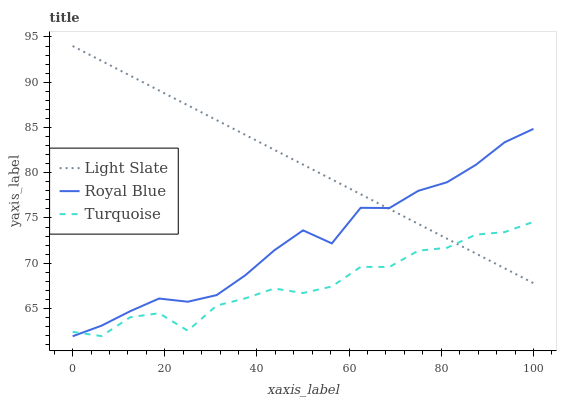
| xaxis_label | Light Slate | Royal Blue | Turquoise |
 | --- | --- | --- | --- |
 | 0 | 94 | 61.9 | 62.4 |
 | 6.25 | 92.4 | 63.1 | 61.9 |
 | 12.5 | 90.7 | 64.7 | 64 |
 | 18.8 | 89.1 | 66.1 | 64.5 |
 | 25 | 87.4 | 65.7 | 62.5 |
 | 31.2 | 85.8 | 66.5 | 65.3 |
 | 37.5 | 84.2 | 68.7 | 66.1 |
 | 43.8 | 82.5 | 71.4 | 67.2 |
 | 50 | 80.9 | 73.6 | 66.7 |
 | 56.2 | 79.3 | 72.2 | 67.4 |
 | 62.5 | 77.6 | 76.1 | 69.6 |
 | 68.8 | 76 | 76.1 | 69.6 |
 | 75 | 74.3 | 78 | 71.4 |
 | 81.2 | 72.7 | 78.9 | 71.7 |
 | 87.5 | 71.1 | 80.9 | 73.2 |
 | 93.8 | 69.4 | 83.4 | 73.4 |
 | 100 | 67.8 | 84.8 | 74.6 |